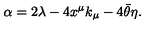
\alpha = 2 \lambda - 4 x ^ { \mu } k _ { \mu } - 4 \bar { \theta } \eta .